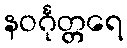
နဝင်္ဂုတ္တရေ